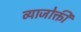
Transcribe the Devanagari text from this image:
व्याजोक्ती